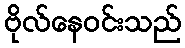
ဗိုလ်နေဝင်းသည်